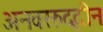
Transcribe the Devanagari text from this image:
अनवररुद्दीन